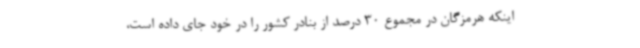
اینکه هرمزگان در مجموع 30 درصد از بنادر کشور را در خود جای داده است،